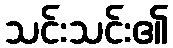
သင်းသင်း၏